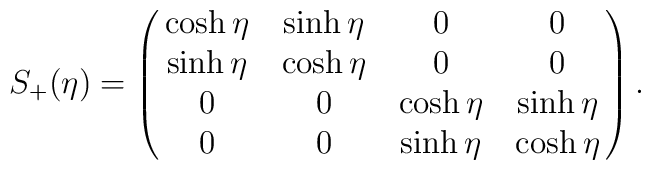
S_{+}(\eta) = \pmatrix{\cosh\eta  & \sinh\eta & 0 & 0 \cr\sinh\eta & \cosh\eta  & 0 & 0 \cr0 & 0 & \cosh\eta  & \sinh\eta \cr0 & 0 & \sinh\eta & \cosh\eta } .